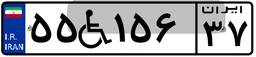
۵۵W۱۵۶۳۷